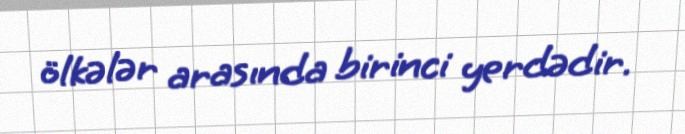
ölkələr arasında birinci yerdədir.